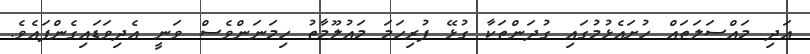
އަދި މައްސަލަތައް ހުށައެޅުމުގައި ގުދަންތަކާ ގުޅޭ ފުރިހަމަ މައުލޫމާތު ހިމަނަންވެސް ވަނީ އެދިވަޑައިގެންފައެވެ.